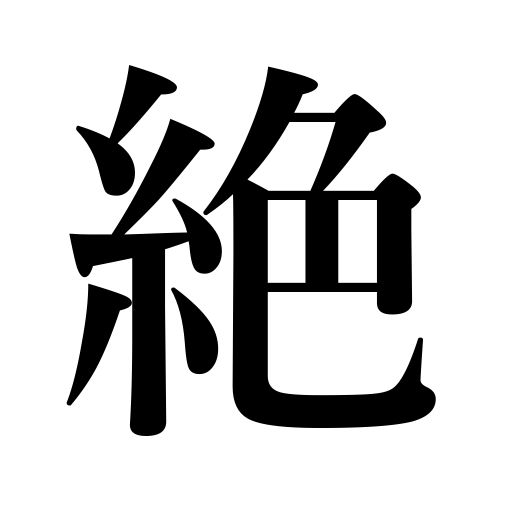
Meanings: abstain from,end,die out,run out of stock,discontinue,cut off,eradicate,suppress,exterminate,let a fire go out,become extinct,be beyond words,interrupt,peter out,sever,shut off,fail,root out